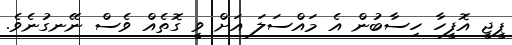
ޕީޖީ އޮފީހާ ހިސާބުން އެ މައްސަލަ އަށް ވީ ގޮތެއް ވެސް ނޭނގުނެވެ.